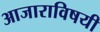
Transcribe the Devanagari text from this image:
आजाराविषयी